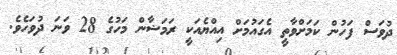
ދުވަސް ފަހުން ކަމަށްވާތީ އެގައުމަށް އިއްޔެއަކީ ރަމަޟާން މަހުގެ 28 ވަނަ ދުވަހެވެ.